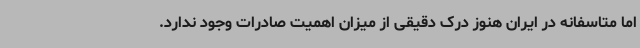
اما متاسفانه در ایران هنوز درک دقیقی از میزان اهمیت صادرات وجود ندارد.